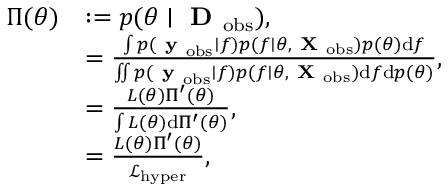
\begin{array} { r l } { \Pi ( \theta ) } & { : = p ( \theta \mid \textbf { D } _ { \mathrm { o b s } } ) , } \\ & { = \frac { \int p ( \textbf { y } _ { \mathrm { o b s } } \mid f ) p ( f \mid \theta , \textbf { X } _ { \mathrm { o b s } } ) p ( \theta ) \mathrm { d } f } { \iint p ( \textbf { y } _ { \mathrm { o b s } } \mid f ) p ( f \mid \theta , \textbf { X } _ { \mathrm { o b s } } ) \mathrm { d } f \mathrm { d } p ( \theta ) } , } \\ & { = \frac { L ( \theta ) \Pi ^ { \prime } ( \theta ) } { \int L ( \theta ) \mathrm { d } \Pi ^ { \prime } ( \theta ) } , } \\ & { = \frac { L ( \theta ) \Pi ^ { \prime } ( \theta ) } { \mathcal { L } _ { \mathrm { h y p e r } } } , } \end{array}